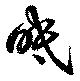
眡